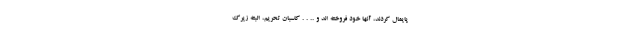
پایمال کردند، آنها خود فروخته اند و .. . . کاسبان تحریم، البته زیرک